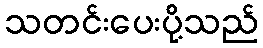
သတင်းပေးပို့သည်